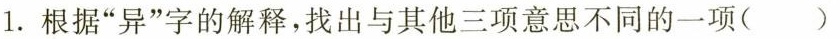
1.根据”异”字的解释，找出与其他三项意思不同的一项()